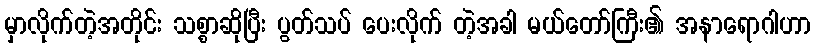
မှာလိုက်တဲ့အတိုင်း သစ္စာဆိုပြီး ပွတ်သပ် ပေးလိုက် တဲ့အခါ မယ်တော်ကြီး၏ အနာရောဂါဟာ